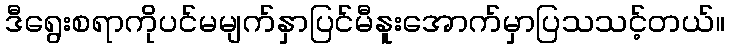
ဒီရွေးစရာကိုပင်မမျက်နှာပြင်မီနူးအောက်မှာပြသသင့်တယ်။